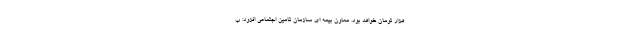
هزار تومان خواهد بود. معاون بیمه ای سازمان تامین اجتماعی افزود: ب